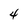
Character: 4